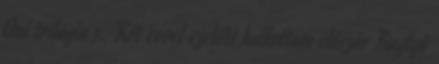
Oni trilógia 3. Két évvel ezelőtt hallottam először Buglyó